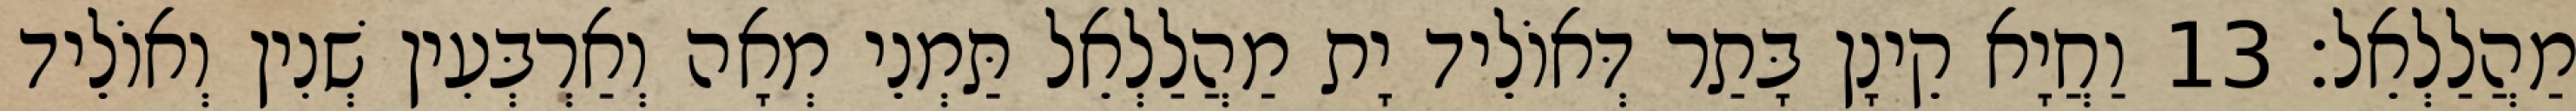
מַהֲלַלְאֵל׃ 13 וַחֲיָא קֵינָן בָּתַר דְּאוֹלֵיד יָת מַהֲלַלְאֵל תַּמְנֵי מְאָה וְאַרְבְּעִין שְׁנִין וְאוֹלֵיד